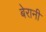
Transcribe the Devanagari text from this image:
बेरानी